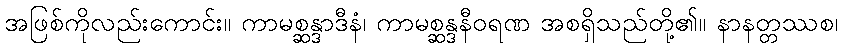
အဖြစ်ကိုလည်းကောင်း။ ကာမစ္ဆန္ဒာဒီနံ၊ ကာမစ္ဆန္ဒနီဝရဏ အစရှိသည်တို့၏။ နာနတ္တဿစ၊